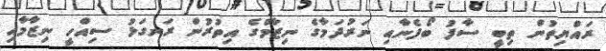
ރައްޔިތުން ތިބީ ސާފު ބޯފެނާއި ނަރުދަމާގެ ނިޒާމްގެ އިތުރުން ރަނގަޅު ސިއްހީ ނިޒާމާއި